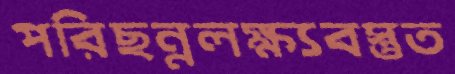
পরিছন্নলক্ষ্যবস্তুত